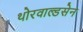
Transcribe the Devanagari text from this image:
थोरवाल्डसेन